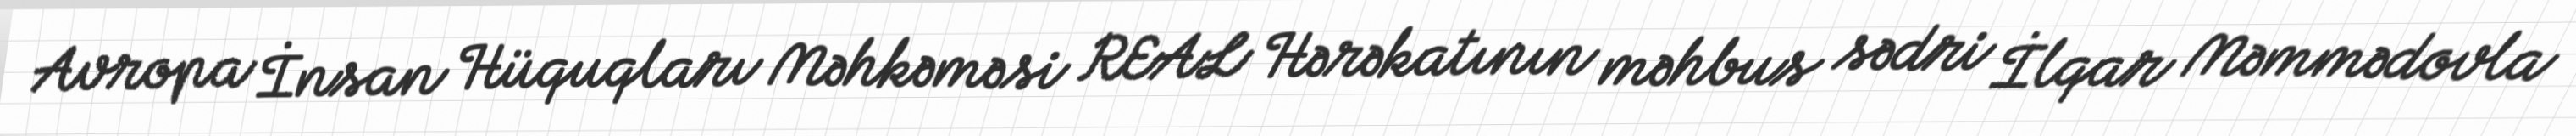
Avropa İnsan Hüquqları Məhkəməsi REAL Hərəkatının məhbus sədri İlqar Məmmədovla